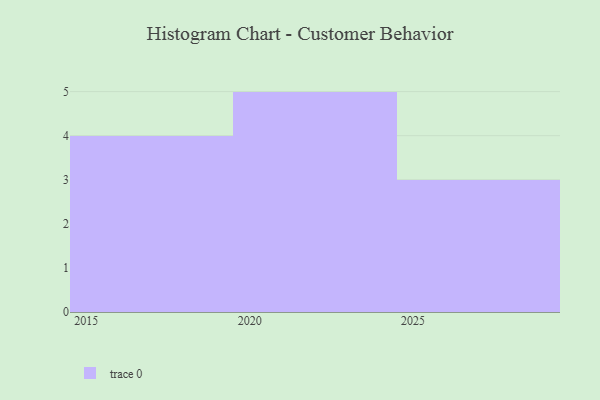
{"axis": {"x": "Year", "y": "Backlog"}, "legend": [""], "data": [{"x": "2023", "y": 43, "type": ""}, {"x": "2020", "y": 93, "type": ""}, {"x": "2027", "y": 30, "type": ""}, {"x": "2017", "y": 79, "type": ""}, {"x": "2024", "y": 14, "type": ""}, {"x": "2022", "y": 31, "type": ""}, {"x": "2016", "y": 13, "type": ""}, {"x": "2015", "y": 48, "type": ""}, {"x": "2025", "y": 65, "type": ""}, {"x": "2019", "y": 75, "type": ""}, {"x": "2026", "y": 21, "type": ""}, {"x": "2021", "y": 77, "type": ""}]}